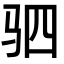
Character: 驷